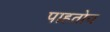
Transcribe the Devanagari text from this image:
पाहतोय